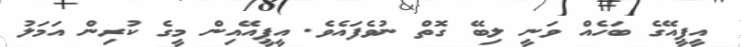
އީޕީއޭގެ ބަހެއް ވަނީ ލިބޭ ގޮތް ނުވެފައެވެ. އީޕީއޭއިން މީގެ ކުރިން އަމަލު